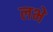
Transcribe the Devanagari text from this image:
लभे